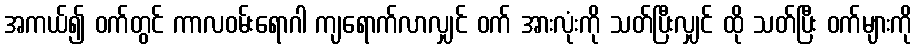
အကယ်၍ ဝက်တွင် ကာလဝမ်းရောဂါ ကျရောက်လာလျှင် ဝက် အားလုံးကို သတ်ပြီးလျှင် ထို သတ်ပြီး ဝက်များကို